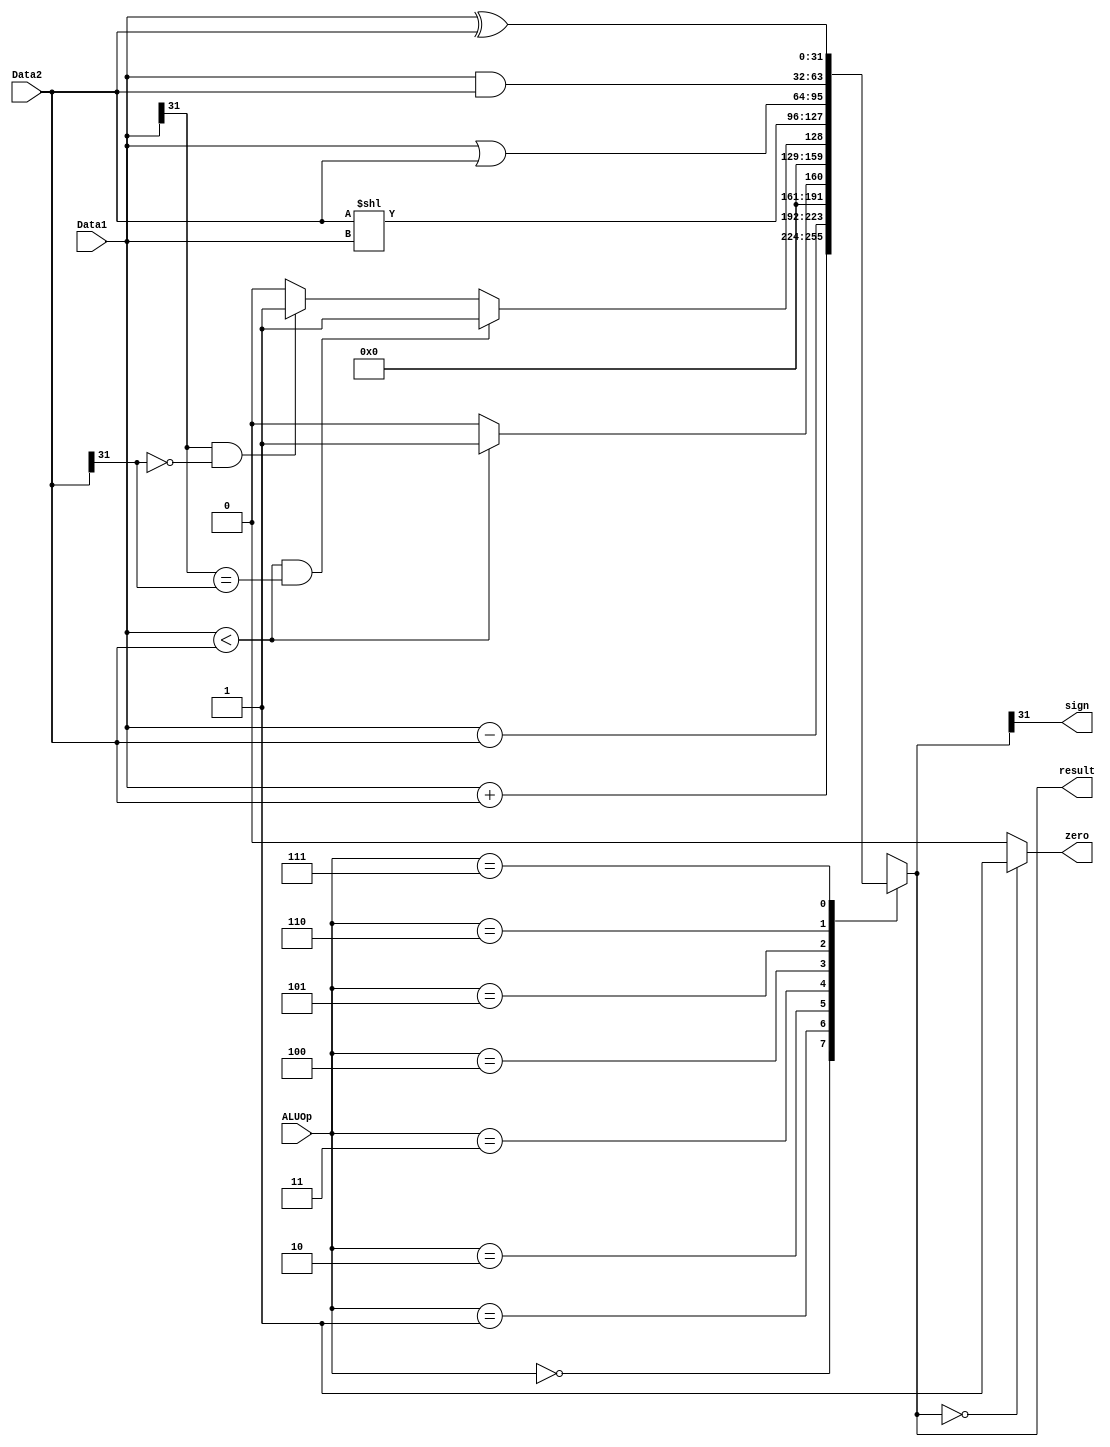
`timescale 1ns / 1ps
//////////////////////////////////////////////////////////////////////////////////
// Company: 
// Engineer: 
// 
// Design Name: 
// Module Name: ALU
// Project Name: 
// Target Devices: 
// Tool Versions: 
// Description: 
// 
// Dependencies: 
// 
// Revision:
// Revision 0.01 - File Created
// Additional Comments:
// 
//////////////////////////////////////////////////////////////////////////////////


module ALU(
    input [31:0]Data1,
    input [31:0]Data2,
    input [2:0]ALUOp,
    output sign,
    output zero,
    output reg[31:0]result
    );
    assign zero = (result == 0) ? 1 : 0;
    assign sign = result[31];
    always @(ALUOp or Data1 or Data2) 
    begin
        case(ALUOp)
            3'b000:result <= Data1 + Data2;
            3'b001:result <= Data1 - Data2;
            3'b010:result <= (Data1 < Data2) ? 1 : 0;
            3'b011:
                begin
                    if(Data1<Data2 && Data1[31]==Data2[31])
                        result<=1;
                    else if(Data1[31]==1 && Data2[31]==0)
                        result<=1;
                    else
                        result<=0;
                end
            3'b100:result <= Data2 << Data1;
            3'b101:result <= Data1 | Data2;
            3'b110:result <= Data1 & Data2;       
            3'b111:result <= Data1 ^ Data2;
            default:
                begin
                    result<=32'h00000000;
                    //$display("no match");
                end
        endcase
        //$display("%d,%d,%d",result, Data1, Data2);
    end
endmodule